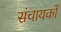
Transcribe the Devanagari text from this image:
संचायकों